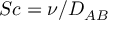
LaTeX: S c = \nu / D _ { A B }